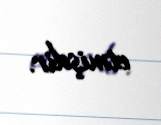
etmişdir.